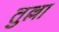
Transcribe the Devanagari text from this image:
तुल्ला